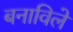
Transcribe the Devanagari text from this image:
बनाविले